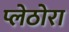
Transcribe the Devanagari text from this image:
प्लेठोरा